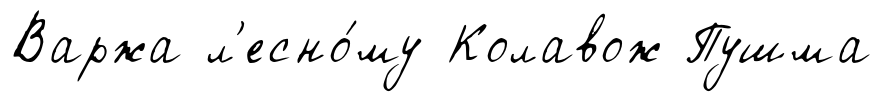
Варжа л'есно́му Колавож Пушма